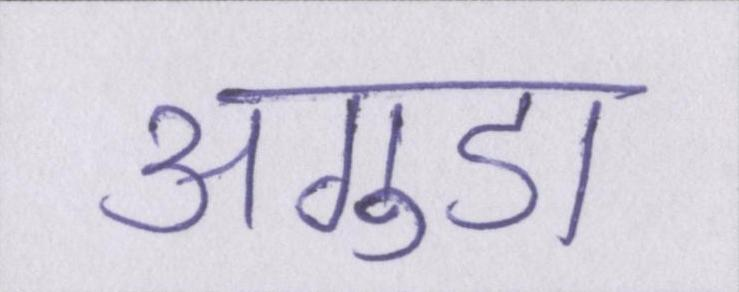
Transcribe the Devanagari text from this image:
अगुडा